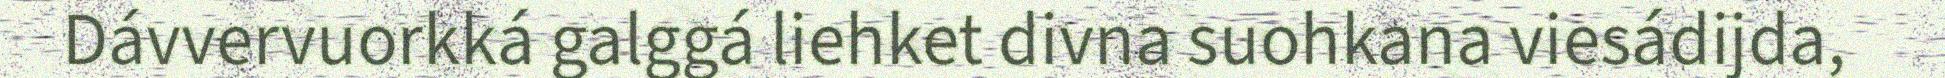
Dávvervuorkká galggá liehket divna suohkana viesádijda,